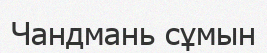
Чандмань сұмын